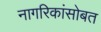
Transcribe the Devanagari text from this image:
नागरिकांसोबत